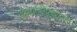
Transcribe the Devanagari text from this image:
देणगीरूपात